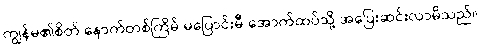
ကျွန်မ၏စိတ် နောက်တစ်ကြိမ် မပြောင်းမီ အောက်ထပ်သို့ အပြေးဆင်းလာမိသည်။